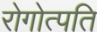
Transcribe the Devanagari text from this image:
रोगोत्पति